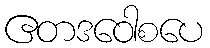
ဧတဒဝေါစပေ